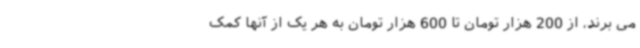
می برند، از 200 هزار تومان تا 600 هزار تومان به هر یک از آنها کمک